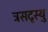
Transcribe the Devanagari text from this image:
त्रसदृस्यु